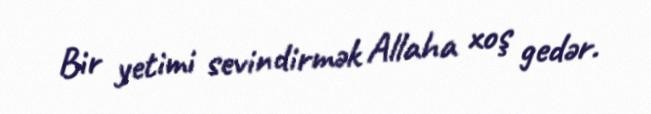
Bir yetimi sevindirmək Allaha xoş gedər.